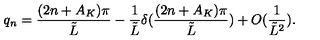
q _ { n } = \frac { ( 2 n + A _ { K } ) \pi } { \tilde { L } } - \frac { 1 } { \tilde { L } } \delta ( \frac { ( 2 n + A _ { K } ) \pi } { \tilde { L } } ) + O ( \frac { 1 } { \tilde { L } ^ { 2 } } ) .